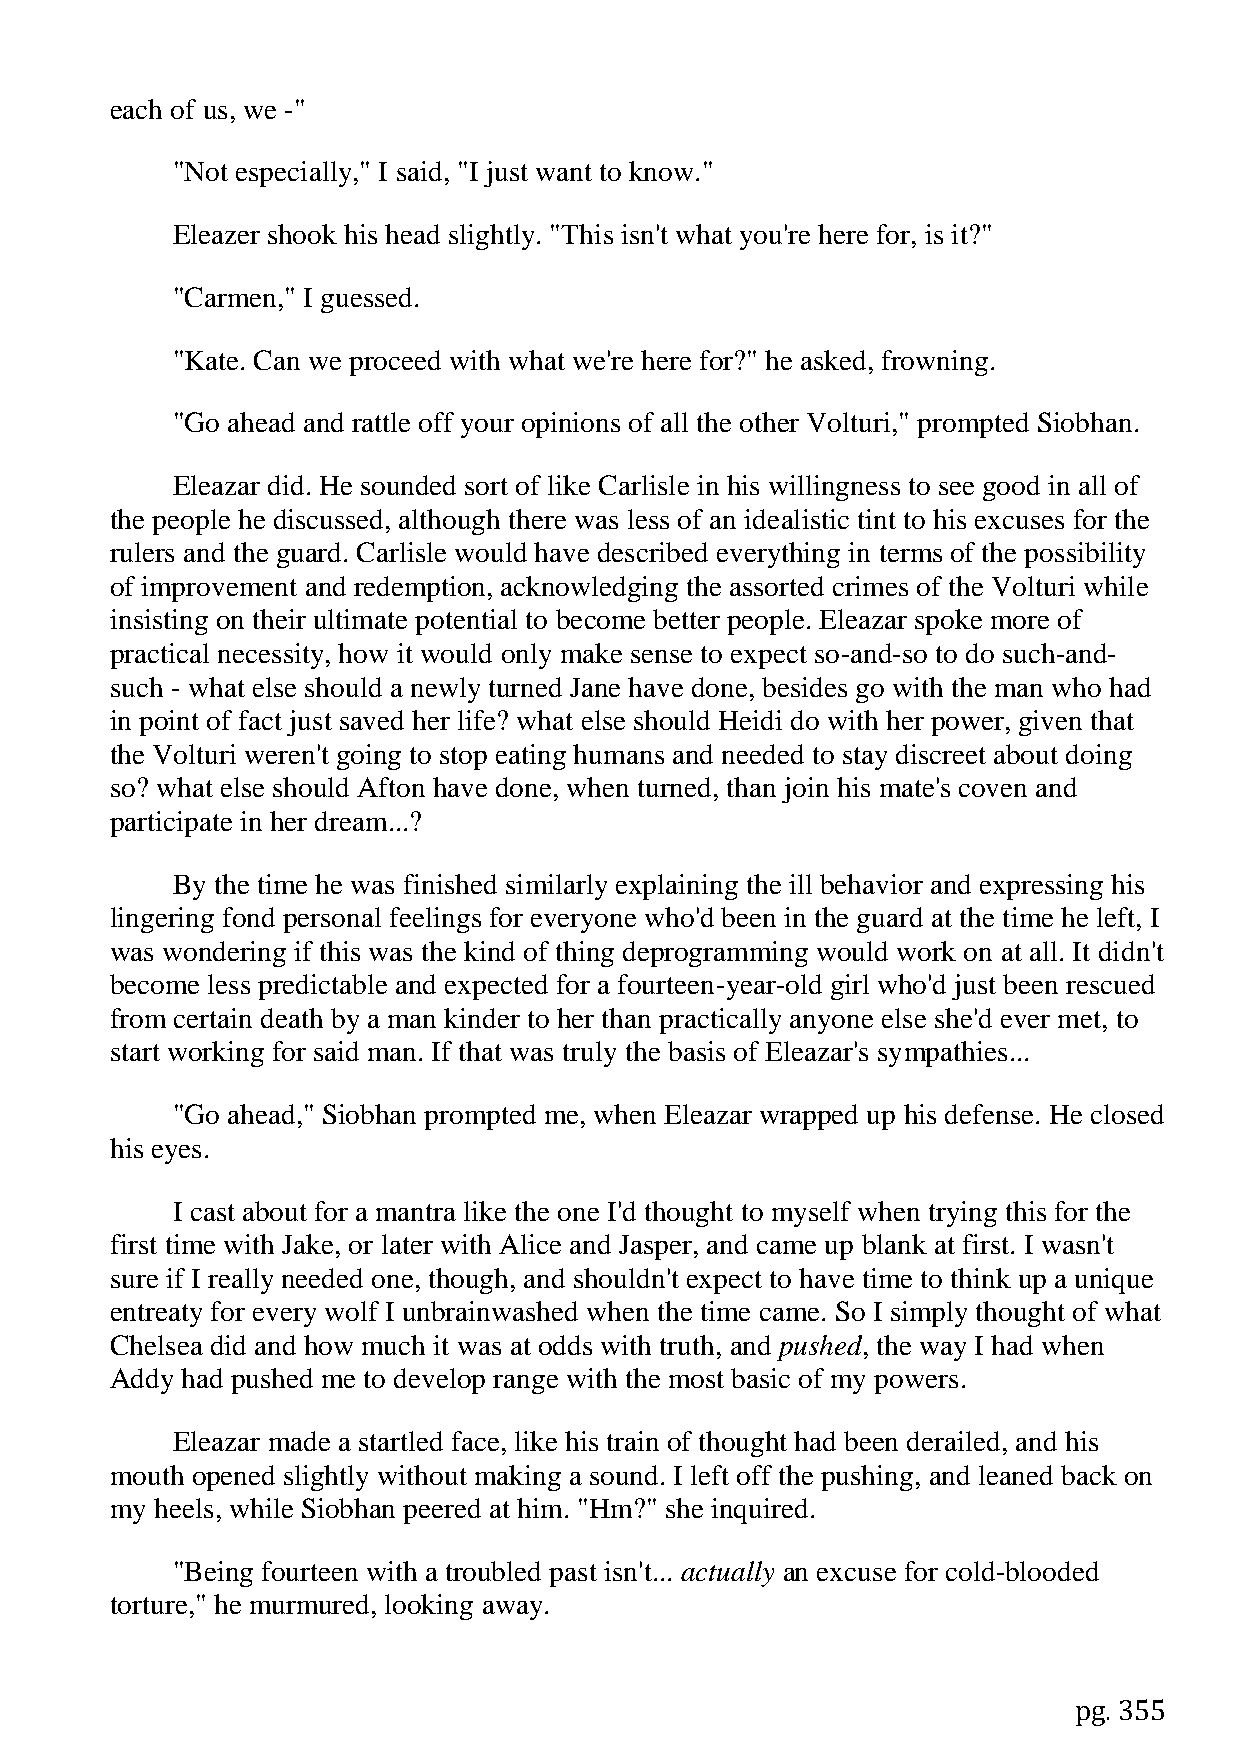
each of us, we -"
 "Not especially," I said, "I just want to know."
 Eleazer shook his head slightly. "This isn't what you're here for, is it?"
 "Carmen," I guessed.
 "Kate. Can we proceed with what we're here for?" he asked, frowning.
 "Go ahead and rattle off your opinions of all the other Volturi," prompted Siobhan.
 Eleazar did. He sounded sort of like Carlisle in his willingness to see good in all of
 the people he discussed, although there was less of an idealistic tint to his excuses for the
 rulers and the guard. Carlisle would have described everything in terms of the possibility
 of improvement and redemption, acknowledging the assorted crimes of the Volturi while
 insisting on their ultimate potential to become better people. Eleazar spoke more of
 practical necessity, how it would only make sense to expect so-and-so to do such-and-
 such - what else should a newly turned Jane have done, besides go with the man who had
 in point of fact just saved her life? what else should Heidi do with her power, given that
 the Volturi weren't going to stop eating humans and needed to stay discreet about doing
 so? what else should Afton have done, when turned, than join his mate's coven and
 participate in her dream...?
 By the time he was finished similarly explaining the ill behavior and expressing his
 lingering fond personal feelings for everyone who'd been in the guard at the time he left, I
 was wondering if this was the kind of thing deprogramming would work on at all. It didn't
 become less predictable and expected for a fourteen-year-old girl who'd just been rescued
 from certain death by a man kinder to her than practically anyone else she'd ever met, to
 start working for said man. If that was truly the basis of Eleazar's sympathies...
 "Go ahead," Siobhan prompted me, when Eleazar wrapped up his defense. He closed
 his eyes.
 I cast about for a mantra like the one I'd thought to myself when trying this for the
 first time with Jake, or later with Alice and Jasper, and came up blank at first. I wasn't
 sure if I really needed one, though, and shouldn't expect to have time to think up a unique
 entreaty for every wolf I unbrainwashed when the time came. So I simply thought of what
 Chelsea did and how much it was at odds with truth, and pushed, the way I had when
 Addy had pushed me to develop range with the most basic of my powers.
 Eleazar made a startled face, like his train of thought had been derailed, and his
 mouth opened slightly without making a sound. I left off the pushing, and leaned back on
 my heels, while Siobhan peered at him. "Hm?" she inquired.
 "Being fourteen with a troubled past isn't... actually an excuse for cold-blooded
 torture," he murmured, looking away.
 pg. 355